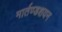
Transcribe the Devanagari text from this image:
मार्तण्डशयन